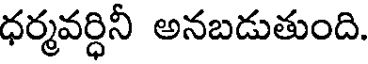
ధర్మవర్ధినీ అనబడుతుంది.